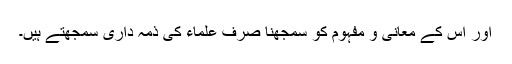
اور اس کے معانی و مفہوم کو سمجھنا صرف علماء کی ذمہ داری سمجھتے ہیں۔